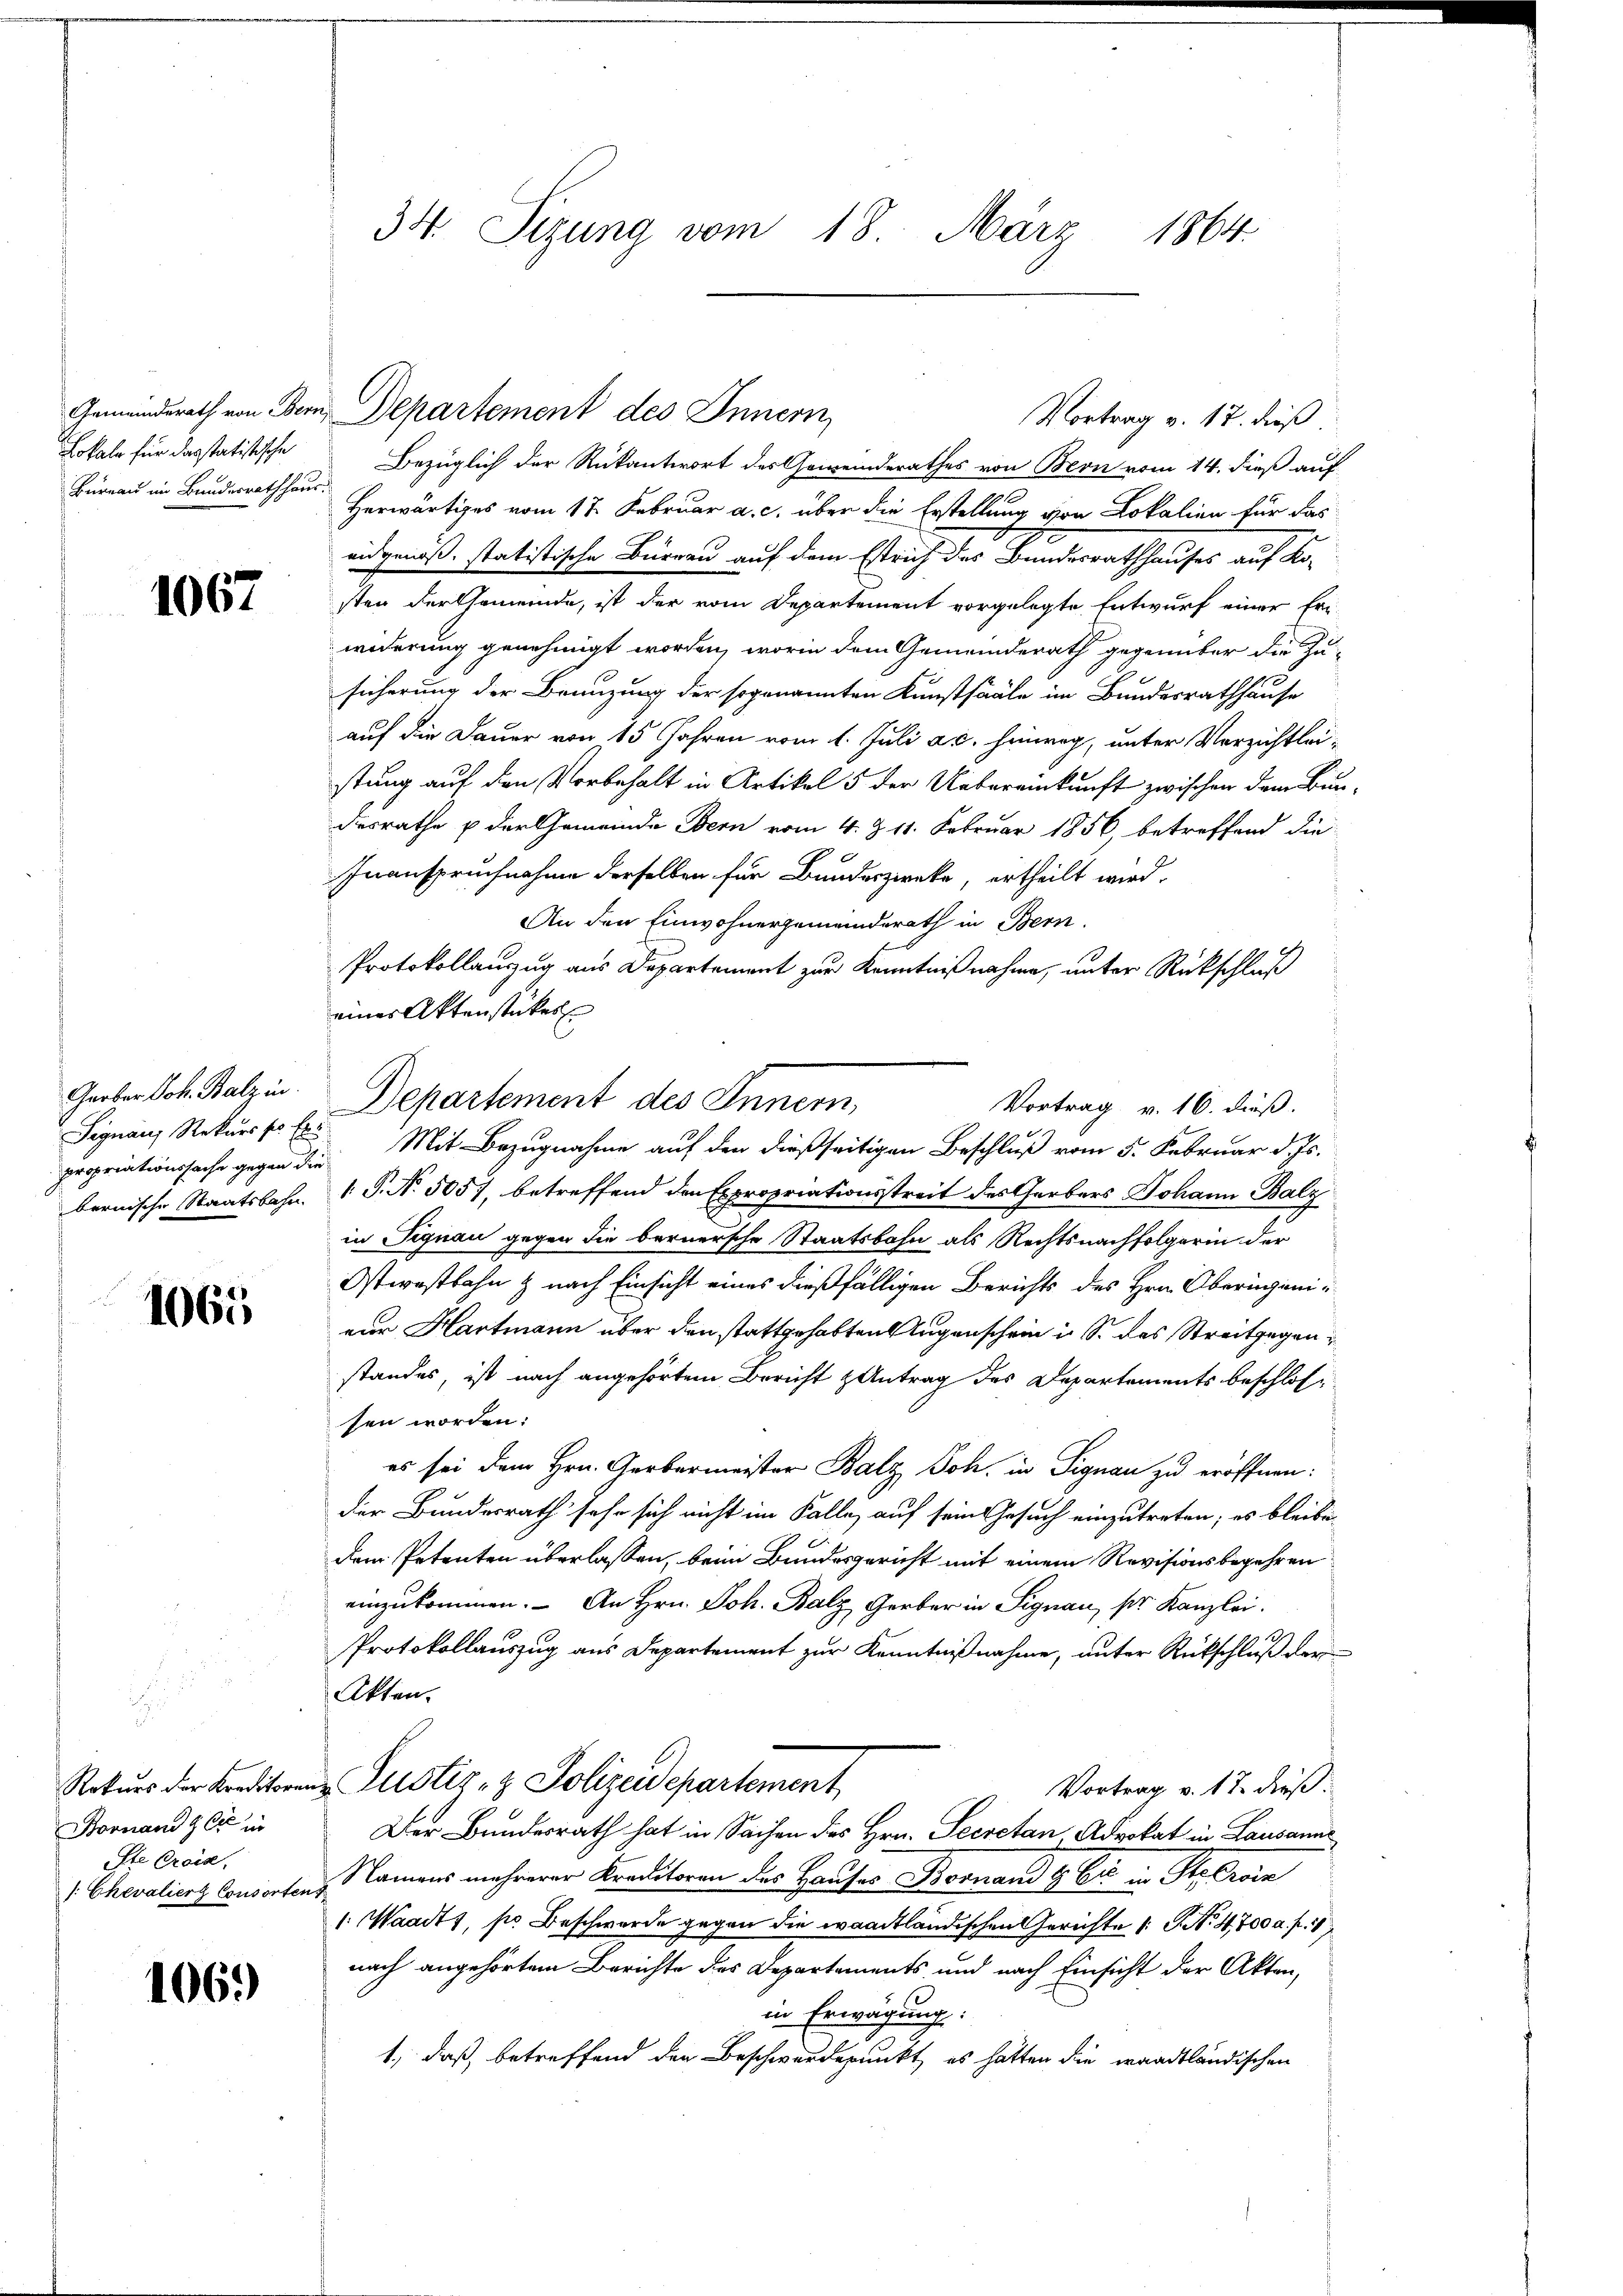
Büreau im Bundesrathhaus.

1067

Signau, Rekurs pr Ex

1065

Bornand & Cie in
Ste Croix,
/: Chevalier Consortens

1069

Lokale für dasstatistische Bezüglich der Rükantwort des Gemeinderathes von Bern vom 14. dieß auf
Herwärtiges vom 17. Februar a. c. über die Erstellung von Lokalien für das
eidgenoß. statistische Büreau auf dem Estrich des Bunderrathhauses auf Ko-
sten der Gemeinde, ist der vom Departement vorgelegte Entwurf einer Eriwiderung genehmigt worden, worin dem Gemeinderath gegenüber die Zu-
sicherung der Branzung der sogenannten Kunstsääle im Bundesrathhause
auf die Dauer von 15 Jahren vom 1. Juli a.c. hinweg, unter Verzichtleistung auf den Vorbehalt in Artikel 5 der Uebereinkunft zwischen dem Bundesrathe u der Gemeinde Bern vom 4. § 11. Februar 1856, betreffend die
Inanspruchnahme derselben für Bundeszwecke, ertheilt wird.
An den Einwohnergemeinderath in Bern.
Protokollauszug aus Departement zur Kenntnißnahme, unter Rückschluß
einer Aktenstückes
Vortrag v. 16. dieß.
propriationssache gegen die Mit Bezugnahme auf den dießseitigen Beschluß vom 5. Februar d. Js.
bernische Staatsbahn.  P. N. 5057, betreffend den Expropriationsstreit des Gerbers Johann Balz
in Signau gegen die bernersche Staatsbahn als Rechtsnachfolgerin der
Ostwestbahn & nach Einsicht eines dießfälligen Berichts des Hrn. Oberingeni
zur Hartmann über den stattgehabten Augenschein in S. des Streitgegen
standes, ist nach angehörtem Bericht Antrag des Departements beschlossen worden:
es sei dem Hrn. Gerbermeister Balz Joh. in Signau zu eröffnen:
der Bundesrath sehr sich nicht im Falle, auf sein Gesuch einzutreten; es bleibe
dem Petenten überlassen, beim Bundesgericht mit einem Revisionsbegehren
einzukommen. - An Hrn. Joh. Balz, Gerber in Signau, per Kanzlei.
1
Protokollauszug aus Departement zur Kenntnißnahme, unter Rückschluß der
Akten.
Rekurs der Kreditorenz Justiz- & Polizeidepartement,
Vortrag v. 17. dieß.
Der Bundesrath hat in Sachen des Hrn. Secretan Advokat in Lausanne
Namens mehrerer Kreditoren des Hauses Bornand & Cie in Stebran
1. Waadt, so Beschwerde gegen die waadtländischen Gerichte 1 S. Nr. 4700 a. f. 187
nach angehörtem Berichte des Departements und nach Einsicht der Akten,
in Erwägung:
1., daß betreffend den Beschwerdepunkt es hatten die waadtländischen

34. Sizung vom 18. März 1864

Gemeinderath von Bern, Departement des Innern

Geoben Joh. Balzin. Departement des Innern,

Vortrag v. 17. dieß.